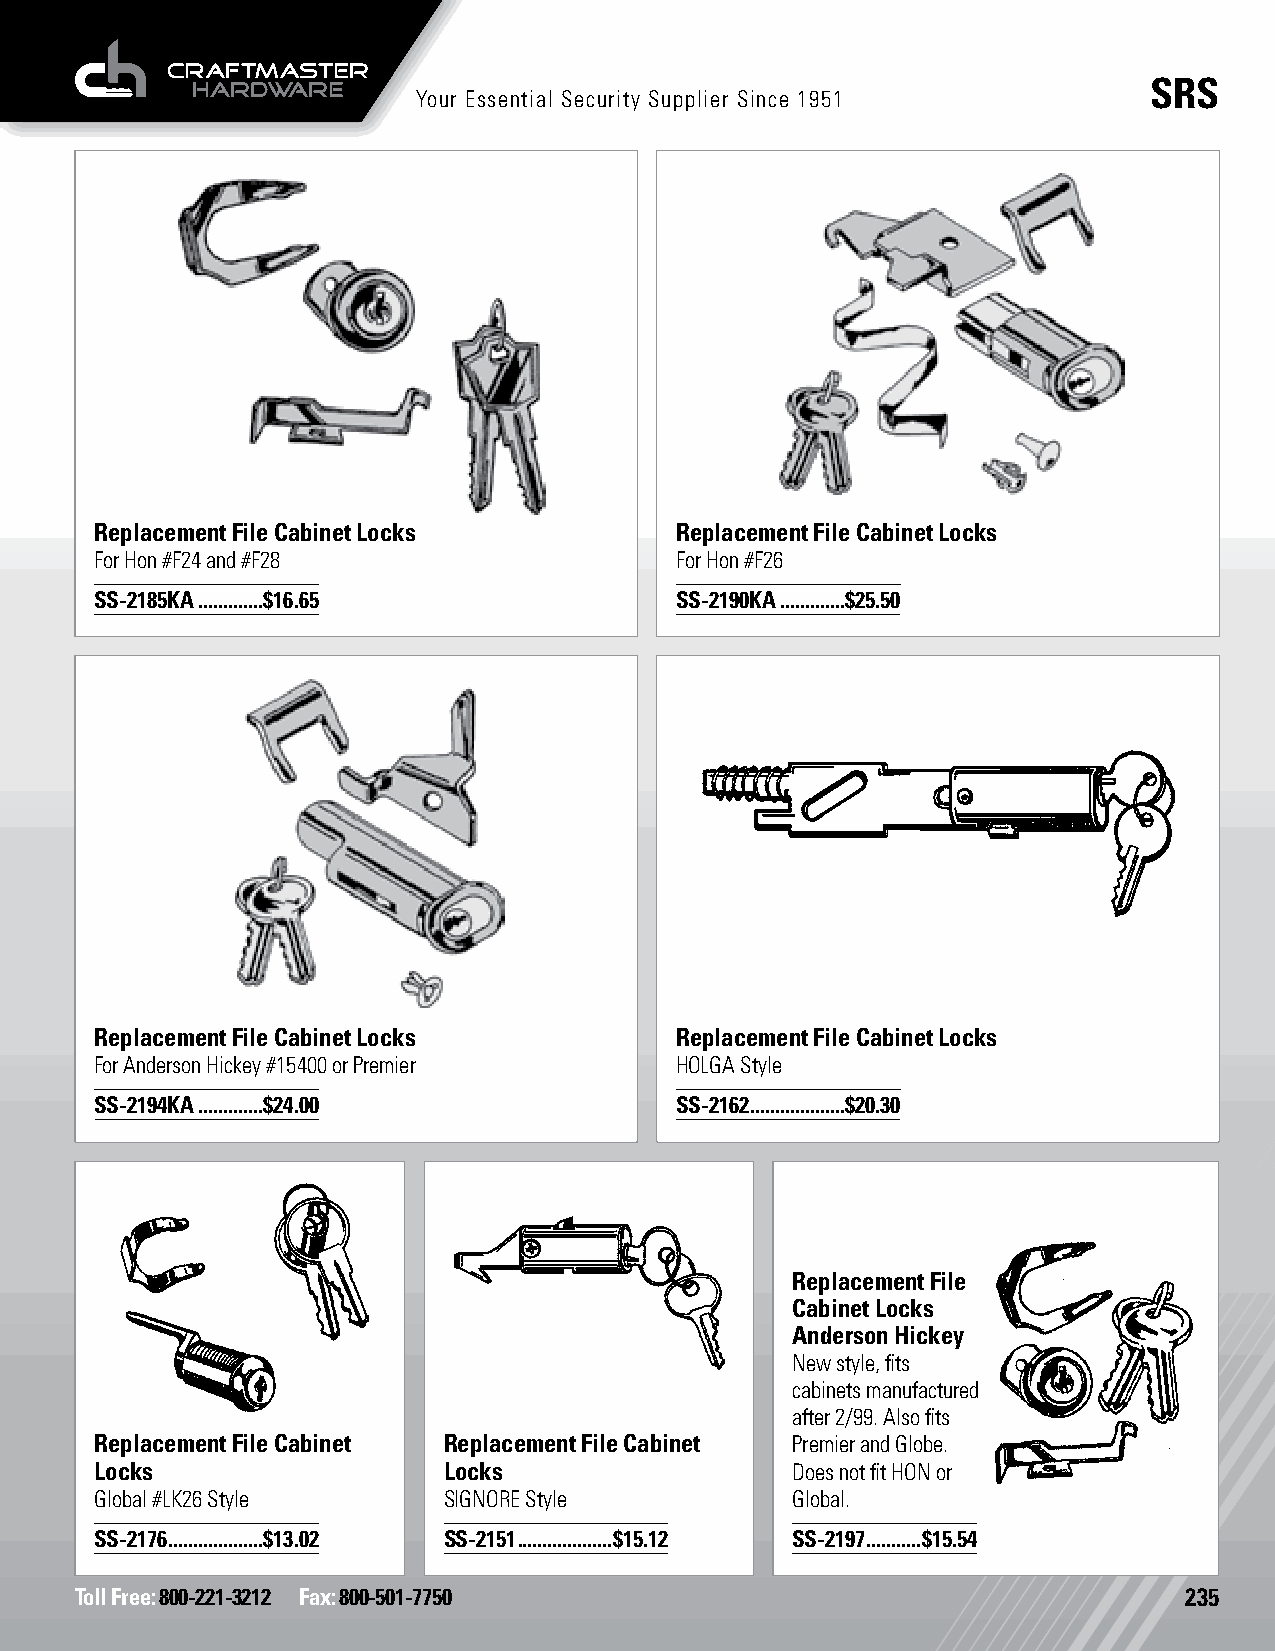
SRS
 Your Essential Security Supplier Since 1951
 Replacement File Cabinet Locks         Replacement File Cabinet Locks
 For Hon #F24 and #F28                  For Hon #F26
 SS-2185KA .............$16.65          SS-2190KA .............$25.50
 Replacement File Cabinet Locks         Replacement File Cabinet Locks
 For Anderson Hickey #15400 or Premier  HOLGA Style
 SS-2194KA .............$24.00          SS-2162 ...................$20.30
 Replacement File
 Cabinet Locks
 Anderson Hickey
 New style, fits
 cabinets manufactured
 after 2/99. Also fits
 Replacement File Cabinet Replacement File Cabinet Premier and Globe.
 Locks                  Locks                  Does not fit HON or
 Global #LK26 Style     SIGNORE Style          Global.
 SS-2176 ...................$13.02 SS-2151 ...................$15.12 SS-2197 ...........$15.54
 Toll Free: 800-221-3212 Fax: 800-501-7750                                235